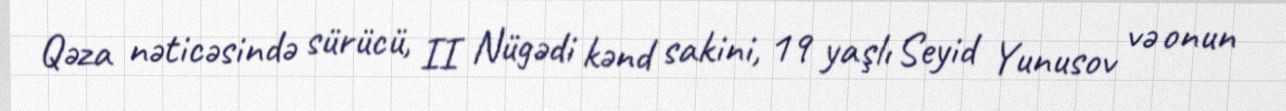
Qəza nəticəsində sürücü, II Nügədi kənd sakini, 19 yaşlı Seyid Yunusov və onun